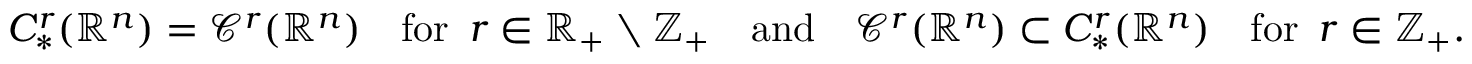
C _ { * } ^ { r } ( \mathbb { R } ^ { n } ) = \mathcal { C } ^ { r } ( \mathbb { R } ^ { n } ) \quad \mathrm { f o r } \, \, \, r \in \mathbb { R } _ { + } \setminus \mathbb { Z } _ { + } \quad \mathrm { a n d } \quad \mathcal { C } ^ { r } ( \mathbb { R } ^ { n } ) \subset C _ { * } ^ { r } ( \mathbb { R } ^ { n } ) \quad \mathrm { f o r ~ } \, r \in \mathbb { Z } _ { + } .